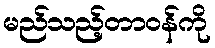
မည်သည့်တာဝန်ကို